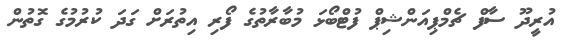
އުރީދޫ ސާފް ޗެމްޕިއަންޝިޕް ފުޓްބޯޅަ މުބާރާތުގެ ފޯރި އިތުރަށް ގަދަ ކުރުމުގެ ގޮތުން